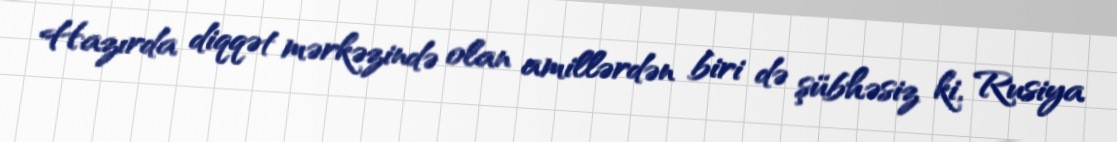
Hazırda diqqət mərkəzində olan amillərdən biri də şübhəsiz ki, Rusiya